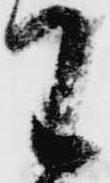
わ